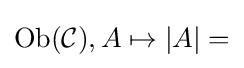
\operatorname {Ob} ({\mathcal {C}}),A\mapsto |A|=